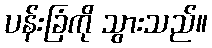
ပန်းခြံကို သွားသည်။